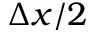
\Delta x / 2